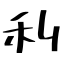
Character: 利